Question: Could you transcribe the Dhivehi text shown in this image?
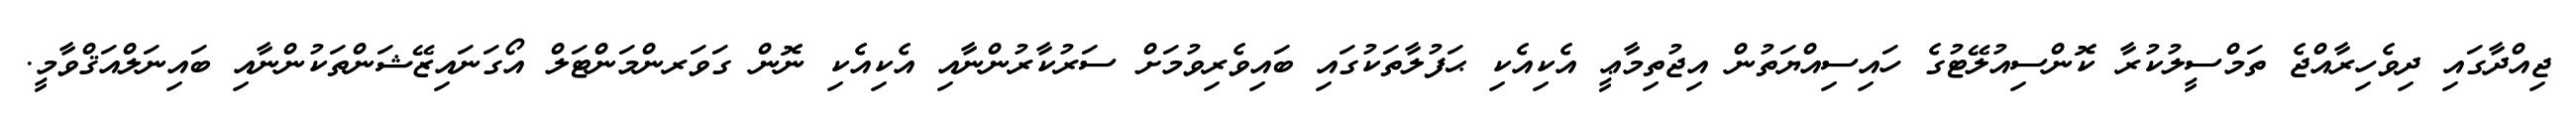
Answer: ޖިއްދާގައި ދިވެހިރާއްޖެ ތަމްސީލުކުރާ ކޮންސިއުލޭޓުގެ ހައިސިއްޔަތުން އިޖުތިމާޢީ އެކިއެކި ޙަފުލާތަކުގައި ބައިވެރިވުމަށް ސަރުކާރުންނާއި އެކިއެކި ނޮން ގަވަރންމަންޓަލް އޯގަނައިޒޭޝަންތަކުންނާއި ބައިނަލްއަޤްވާމީ.